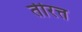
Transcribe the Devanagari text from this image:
तीरत्त